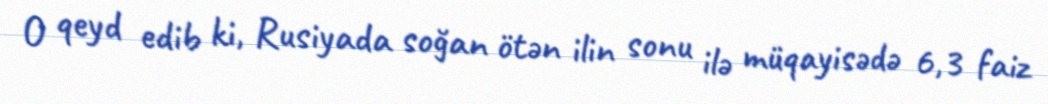
O qeyd edib ki, Rusiyada soğan ötən ilin sonu ilə müqayisədə 6,3 faiz